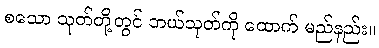
စသော သုတ်တို့တွင် ဘယ်သုတ်ကို ထောက် မည်နည်း။